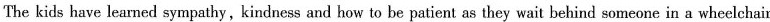
The kids have learned sympathy, kindness and how to be patient as they wait behind someone in a wheelchair